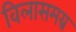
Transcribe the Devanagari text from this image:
विलासमग्न